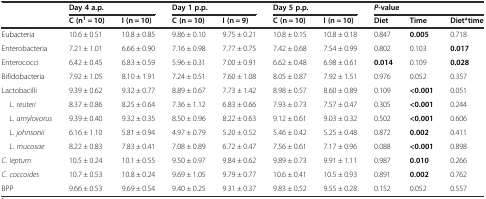
<table><thead><tr><td></td><td colspan="2"><b>Day 4 a.p.</b></td><td colspan="2"><b>Day 1 p.p.</b></td><td colspan="2"><b>Day 5 p.p.</b></td><td colspan="3"><b><i>P</i>-value</b></td></tr><tr><td></td><td><b>C (n<sup>1</sup> = 10)</b></td><td><b>I (n = 10)</b></td><td><b>C (n = 10)</b></td><td><b>I (n = 9)</b></td><td><b>C (n = 10)</b></td><td><b>I (n = 10)</b></td><td><b>Diet</b></td><td><b>Time</b></td><td><b>Diet*time</b></td></tr></thead><tbody><tr><td>Eubacteria</td><td>10.6 ± 0.51</td><td>10.8 ± 0.85</td><td>9.86 ± 0.10</td><td>9.75 ± 0.21</td><td>10.8 ± 0.15</td><td>10.8 ± 0.18</td><td>0.847</td><td><b>0.005</b></td><td>0.718</td></tr><tr><td>Enterobacteria</td><td>7.21 ± 1.01</td><td>6.66 ± 0.90</td><td>7.16 ± 0.98</td><td>7.77 ± 0.75</td><td>7.42 ± 0.68</td><td>7.54 ± 0.99</td><td>0.802</td><td>0.103</td><td><b>0.017</b></td></tr><tr><td>Enterococci</td><td>6.42 ± 0.45</td><td>6.83 ± 0.59</td><td>5.96 ± 0.31</td><td>7.00 ± 0.91</td><td>6.62 ± 0.48</td><td>6.98 ± 0.61</td><td><b>0.014</b></td><td>0.109</td><td><b>0.028</b></td></tr><tr><td>Bifidobacteria</td><td>7.92 ± 1.05</td><td>8.10 ± 1.91</td><td>7.24 ± 0.51</td><td>7.60 ± 1.08</td><td>8.05 ± 0.87</td><td>7.92 ± 1.51</td><td>0.976</td><td>0.052</td><td>0.357</td></tr><tr><td>Lactobacilli</td><td>9.39 ± 0.62</td><td>9.32 ± 0.77</td><td>8.89 ± 0.67</td><td>7.73 ± 1.42</td><td>8.98 ± 0.57</td><td>8.60 ± 0.89</td><td>0.109</td><td><b>&lt;0.001</b></td><td>0.051</td></tr><tr><td> <i>L. reuteri</i></td><td>8.37 ± 0.86</td><td>8.25 ± 0.64</td><td>7.36 ± 1.12</td><td>6.83 ± 0.66</td><td>7.93 ± 0.73</td><td>7.57 ± 0.47</td><td>0.305</td><td><b>&lt;0.001</b></td><td>0.244</td></tr><tr><td> <i>L. amylovorus</i></td><td>9.39 ± 0.40</td><td>9.32 ± 0.35</td><td>8.50 ± 0.96</td><td>8.22 ± 0.63</td><td>9.12 ± 0.61</td><td>9.03 ± 0.32</td><td>0.502</td><td><b>&lt;0.001</b></td><td>0.606</td></tr><tr><td> <i>L. johnsonii</i></td><td>6.16 ± 1.10</td><td>5.81 ± 0.94</td><td>4.97 ± 0.79</td><td>5.20 ± 0.52</td><td>5.46 ± 0.42</td><td>5.25 ± 0.48</td><td>0.872</td><td><b>0.002</b></td><td>0.411</td></tr><tr><td> <i>L. mucosae</i></td><td>8.22 ± 0.83</td><td>7.83 ± 0.41</td><td>7.08 ± 0.89</td><td>6.72 ± 0.47</td><td>7.56 ± 0.61</td><td>7.17 ± 0.96</td><td>0.088</td><td><b>&lt;0.001</b></td><td>0.898</td></tr><tr><td><i>C. leptum</i></td><td>10.5 ± 0.24</td><td>10.1 ± 0.55</td><td>9.50 ± 0.97</td><td>9.84 ± 0.62</td><td>9.89 ± 0.73</td><td>9.91 ± 1.11</td><td>0.987</td><td><b>0.010</b></td><td>0.266</td></tr><tr><td><i>C. coccoides</i></td><td>10.7 ± 0.53</td><td>10.8 ± 0.24</td><td>9.69 ± 1.05</td><td>9.79 ± 0.77</td><td>10.6 ± 0.41</td><td>10.5 ± 0.93</td><td>0.891</td><td><b>0.002</b></td><td>0.762</td></tr><tr><td>BPP</td><td>9.66 ± 0.53</td><td>9.69 ± 0.54</td><td>9.40 ± 0.25</td><td>9.31 ± 0.37</td><td>9.83 ± 0.52</td><td>9.55 ± 0.28</td><td>0.152</td><td>0.052</td><td>0.557</td></tr></tbody></table>